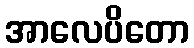
အာလေပိတော